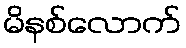
မိနစ်လောက်